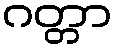
ဂတ္တာ